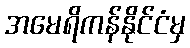
အမေရိကန်နိုင်ငံမှ